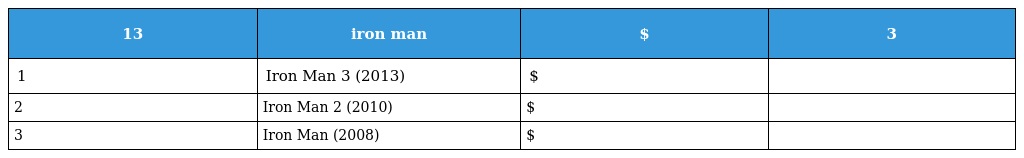
| 13 | iron man | $ | 3 |
 | --- | --- | --- | --- |
 | 1 | Iron Man 3 (2013) | $ |  |
 | 2 | Iron Man 2 (2010) | $ |  |
 | 3 | Iron Man (2008) | $ |  |